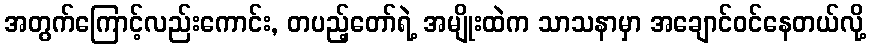
အတွက်ကြောင့်လည်းကောင်း, တပည့်တော်ရဲ့ အမျိုးထဲက သာသနာမှာ အချောင်ဝင်နေတယ်လို့